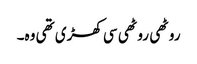
روٹھی روٹھی سی کھڑی تھی وہ۔